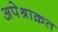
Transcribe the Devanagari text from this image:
अपेश्राक्रत